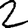
Digit: 2